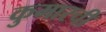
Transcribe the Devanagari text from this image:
कुमारची